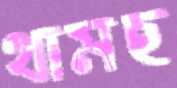
থামছ